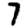
Digit: 7